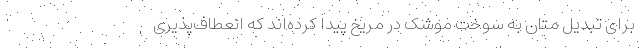
برای تبدیل متان به سوخت موشک در مریخ پیدا کرده‌اند که انعطاف‌پذیری